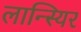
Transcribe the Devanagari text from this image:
लान्स्यिर